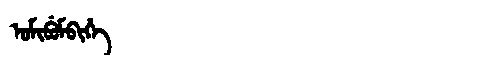
Manchu: ᠣᠮᡳᠪᡠᠮᠪᡳᡥᡝ
Romanization: OMIBUMBIHE